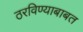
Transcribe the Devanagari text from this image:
ठरविण्याबाबत